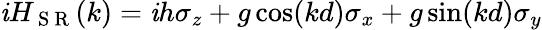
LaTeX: \mathit{i}H_{\mathrm{{~S~R~}}}(k)=\mathit{i}h\sigma_{z}+g\cos(kd)\sigma_{x}+g\sin(kd)\sigma_{y}